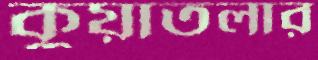
কুয়াতলার